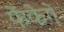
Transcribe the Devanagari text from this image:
फेंकेगे